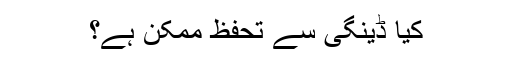
کیا ڈینگی سے تحفظ ممکن ہے؟